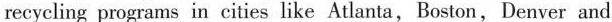
recycling programs in cities like Atlanta, Boston,Denver and